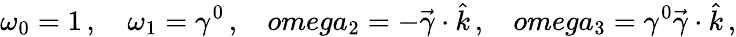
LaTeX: \omega_{0}=1\, ,\ \ \ \ \omega_{1}=\gamma^{0}\, ,\ \ \ \, omega_{2}=-\vec{\gamma}\cdot\hat{k}\, ,\ \ \ \, omega_{3}=\gamma^{0}\vec{\gamma}\cdot\hat{k}\, ,